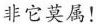
非它莫属！